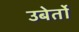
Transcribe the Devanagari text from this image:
उबेर्तो